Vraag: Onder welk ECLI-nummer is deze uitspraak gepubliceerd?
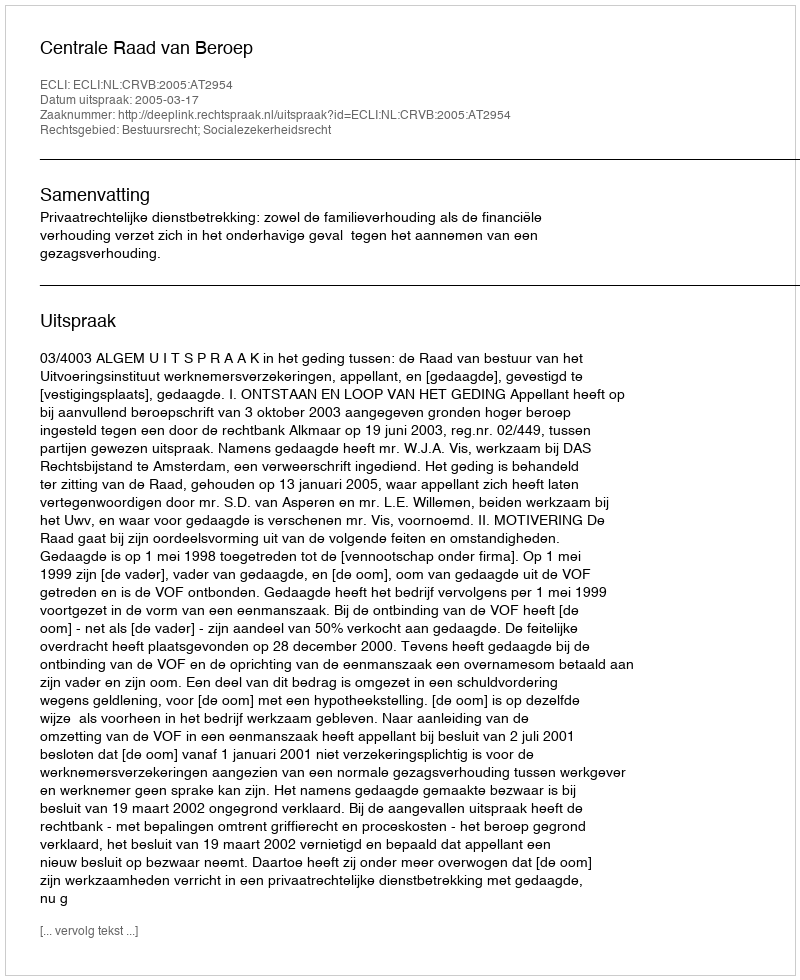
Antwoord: ECLI:NL:CRVB:2005:AT2954